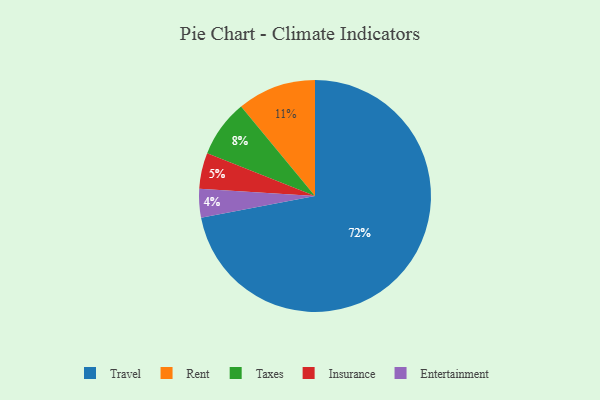
{"axis": {"x": "Category", "y": "Percentage"}, "legend": ["Entertainment", "Insurance", "Rent", "Taxes", "Travel"], "data": [{"x": "Insurance", "y": 5, "type": "Insurance"}, {"x": "Rent", "y": 11, "type": "Rent"}, {"x": "Taxes", "y": 8, "type": "Taxes"}, {"x": "Travel", "y": 72, "type": "Travel"}, {"x": "Entertainment", "y": 4, "type": "Entertainment"}]}